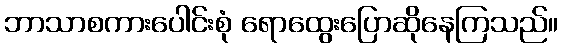
ဘာသာစကားပေါင်းစုံ ရောထွေးပြောဆိုနေကြသည်။